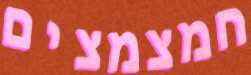
חמצמצים